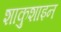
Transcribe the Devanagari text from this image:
शाकुशाइन